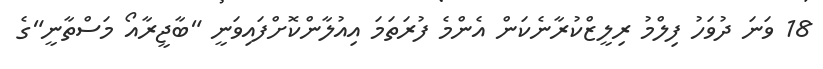
18 ވަނަ ދުވަހު ފިލްމު ރިލީޒްކުރާނެކަން އެންމެ ފުރަތަމަ އިއުލާންކޮށްފައިވަނީ "ބާޖީރާއޯ މަސްތާނީ"ގެ